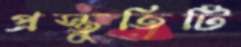
প্রস্তুতিটি